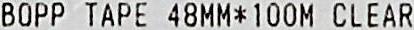
B0PP TAPE 48MM*100M CLEAR